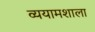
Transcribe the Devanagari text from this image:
व्ययामशाला